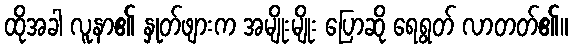
ထိုအခါ လူနာ၏ နှုတ်ဖျားက အမျိုးမျိုး ပြောဆို ရေရွတ် လာတတ်၏။